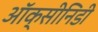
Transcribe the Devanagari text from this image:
ऑक्सीनिडी